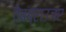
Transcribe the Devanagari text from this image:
वेबब्राउजर